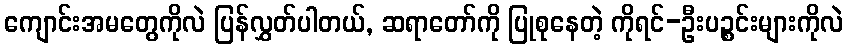
ကျောင်းအမတွေကိုလဲ ပြန်လွှတ်ပါတယ်, ဆရာတော်ကို ပြုစုနေတဲ့ ကိုရင်-ဦးပဉ္စင်းများကိုလဲ